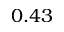
0 . 4 3